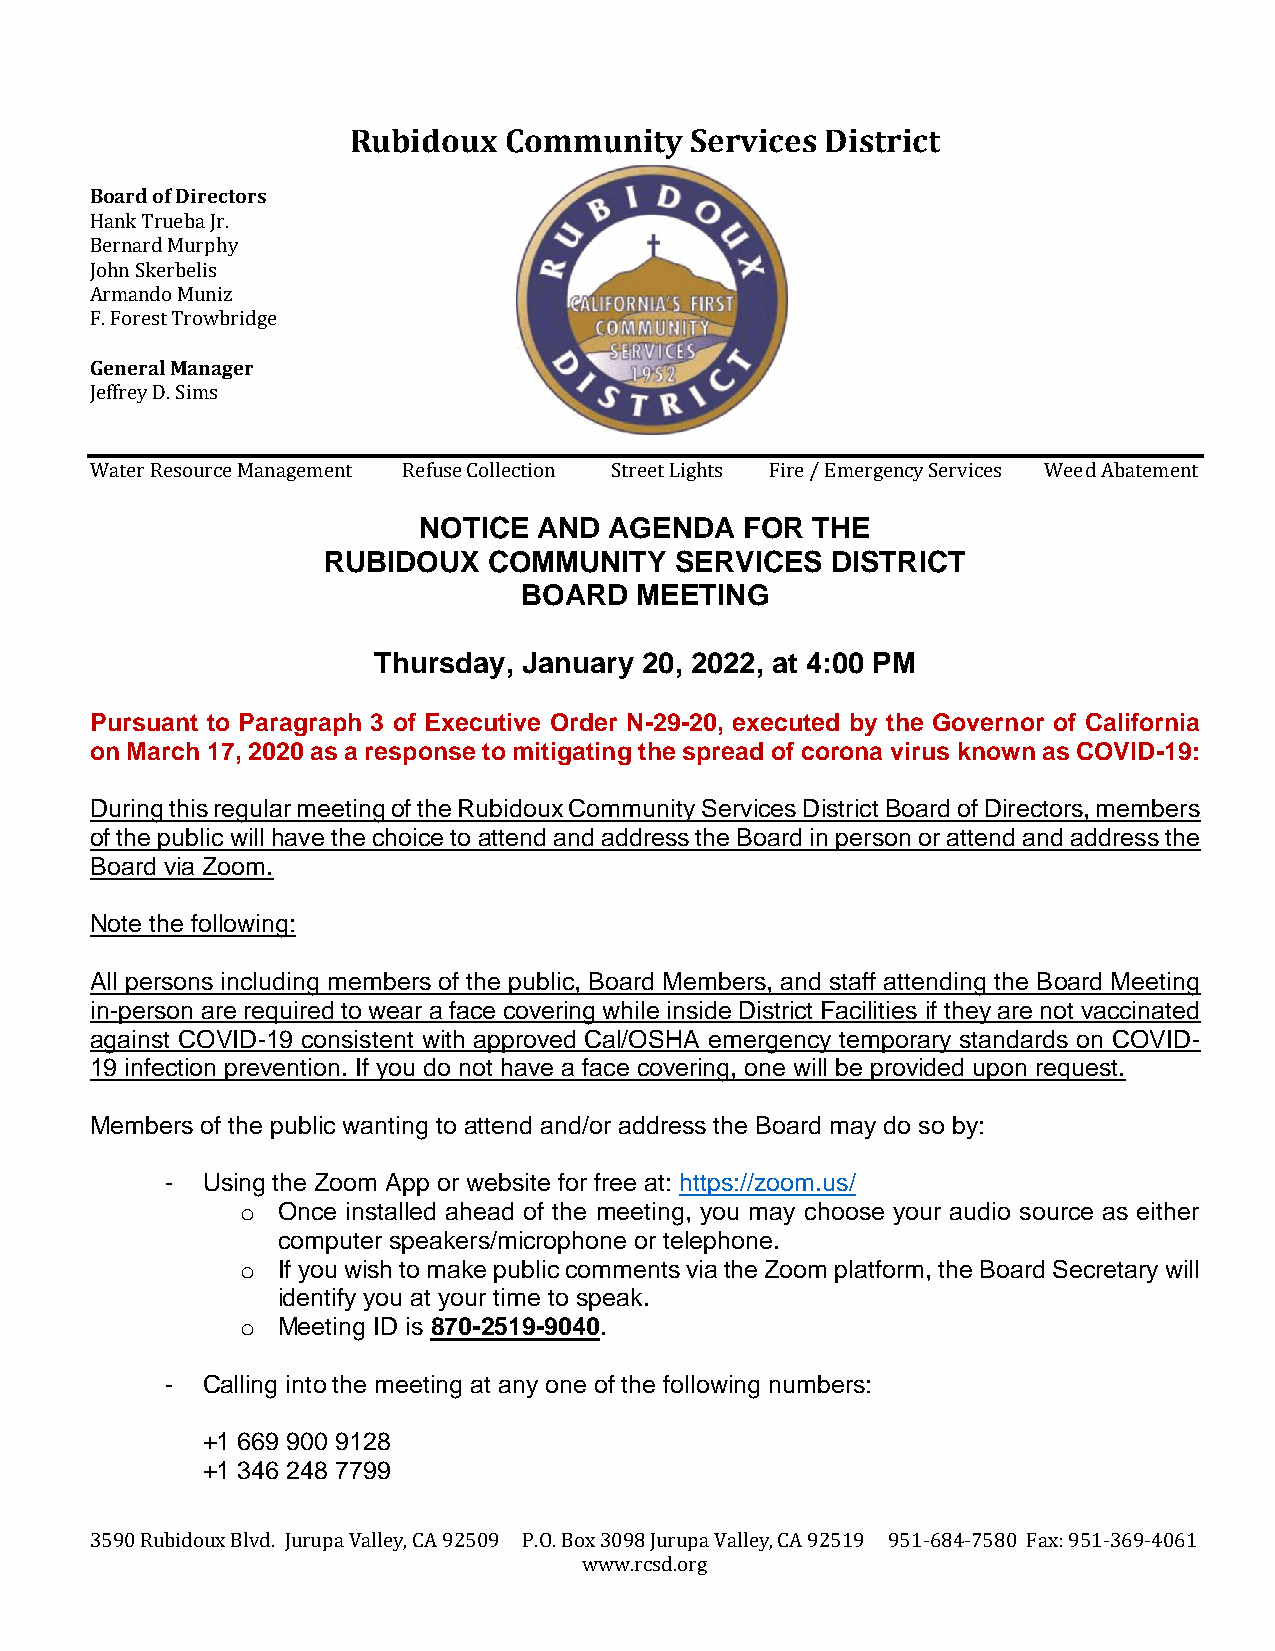
Rubidoux  Community    Services District
 Board of Directors
 Hank Trueba Jr.
 Bernard Murphy
 John Skerbelis
 Armando Muniz
 F. Forest Trowbridge
 General Manager
 Jeffrey D. Sims
 Water Resource Management Refuse Collection Street Lights Fire / Emergency Services Weed Abatement
 NOTICE  AND AGENDA   FOR  THE
 RUBIDOUX   COMMUNITY    SERVICES  DISTRICT
 BOARD  MEETING
 Thursday, January 20, 2022, at 4:00 PM
 Pursuant to Paragraph 3 of Executive Order N-29-20, executed by the Governor of California
 on March 17, 2020 as a response to mitigating the spread of corona virus known as COVID-19:
 During this regular meeting of the Rubidoux Community Services District Board of Directors, members
 of the public will have the choice to attend and address the Board in person or attend and address the
 Board via Zoom.
 Note the following:
 All persons including members of the public, Board Members, and staff attending the Board Meeting
 in-person are required to wear a face covering while inside District Facilities if they are not vaccinated
 against COVID-19 consistent with approved Cal/OSHA emergency temporary standards on COVID-
 19 infection prevention. If you do not have a face covering, one will be provided upon request.
 Members of the public wanting to attend and/or address the Board may do so by:
 - Using the Zoom App or website for free at: https://zoom.us/
 o Once installed ahead of the meeting, you may choose your audio source as either
 computer speakers/microphone or telephone.
 o If you wish to make public comments via the Zoom platform, the Board Secretary will
 identify you at your time to speak.
 o Meeting ID is 870-2519-9040.
 - Calling into the meeting at any one of the following numbers:
 +1 669 900 9128
 +1 346 248 7799
 3590 Rubidoux Blvd. Jurupa Valley, CA 92509 P.O. Box 3098 Jurupa Valley, CA 92519 951-684-7580 Fax: 951-369-4061
 www.rcsd.org